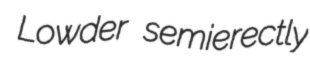
Lowder semierectly